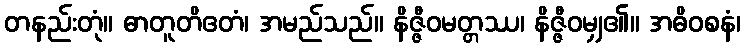
တနည်းတုံ။ ဓာတူတိဧတံ၊ အမည်သည်။ နိဇ္ဇီဝမတ္တဿ၊ နိဇ္ဇီဝမျှ၏။ အဓိဝစနံ၊